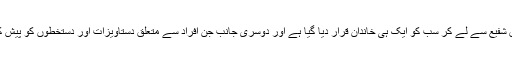
وکیل نے کہا عباس شریف، شہبازشریف اور طارق شفیع سے لے کر سب کو ایک ہی خاندان قرار دیا گیا ہے اور دوسری جانب جن افراد سے متعلق دستاویزات اور دستخطوں کو پیش کیا گیا ہے ان کو مقدمے میں فریق ہی نہیں بنایاگیا۔